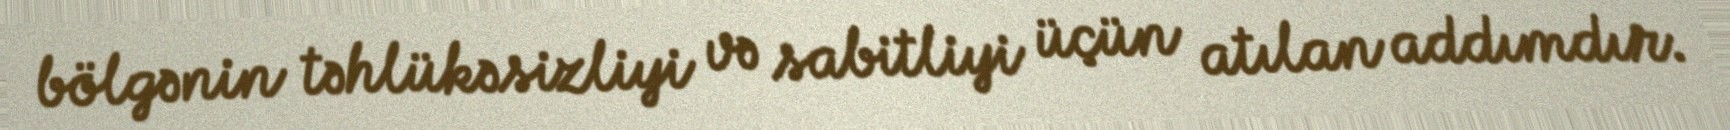
bölgənin təhlükəsizliyi və sabitliyi üçün atılan addımdır.